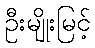
ဦးမျိုးမြင့်